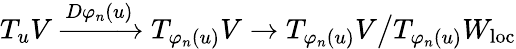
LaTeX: T_{u}V\xrightarrow{D\varphi_{n}(u)}T_{\varphi_{n}(u)}V\rightarrow T_{\varphi_{n}(u)}V\big/T_{\varphi_{n}(u)}W_{\mathrm{loc}}